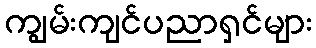
ကျွမ်းကျင်ပညာရှင်များ